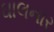
ઘાલનાર